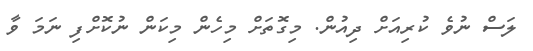
ލަސް ނުވެ ކުރިއަށް ދިއުން. މިގޮތަށް މިހެން މިކަން ނުކޮށްފި ނަމަ ވާ